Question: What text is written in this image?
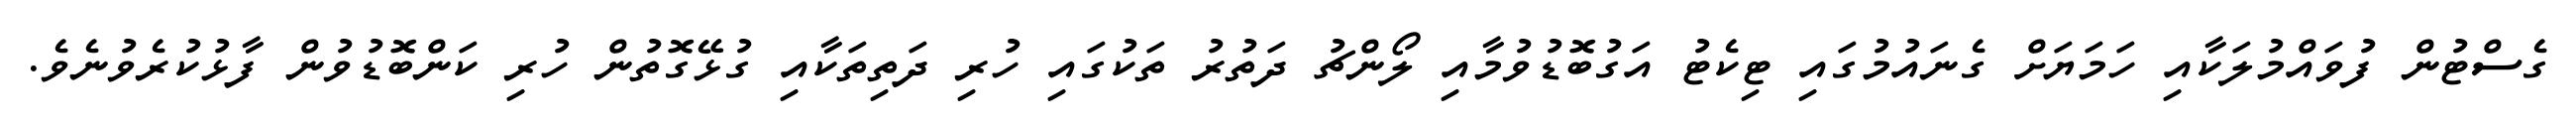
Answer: ގެސްޓުން ފުވައްމުލަކާއި ހަމަޔަށް ގެނައުމުގައި ޓިކެޓު އަގުބޮޑުވުމާއި ލޯންޗު ދަތުރު ތަކުގައި ހުރި ދަތިތަކާއި ގުޅޭގޮތުން ހުރި ކަންބޮޑުވުން ފާޅުކުރެވުނެވެ.